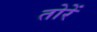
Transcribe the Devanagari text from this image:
तोरें